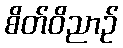
စိတ်ဝိညာဉ်